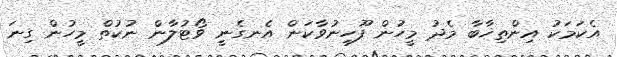
އެކަމަކު އިންތިޚާބާ މެދު މީހުން ފޫހިނުވާކަން އެނގެނީ ވޯޓުލާން ނުކުތް މީހުން ގިނަ